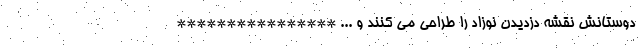
دوستانش نقشه دزدیدن نوزاد را طراحی می کنند و ... ****************